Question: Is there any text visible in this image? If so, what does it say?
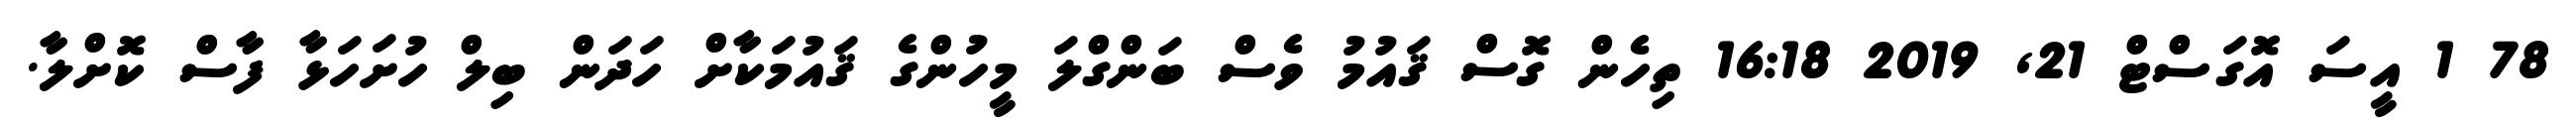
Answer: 78 1 އީސަ އޮގަސްޓް 21, 2019 16:18 ތިހެން ގޮސް ޤައުމު ވެސް ބަންގްލަ މީހުންގެ ޤައުމަކާށް ހަދަން ބިލް ހުށަހަޅާ ފާސް ކޮށްލާ.